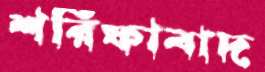
শরিফাবাদ